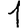
Digit: 1